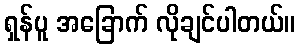
ရှန်ပူ အခြောက် လိုချင်ပါတယ်။